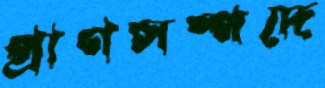
প্রাণসম্পদে